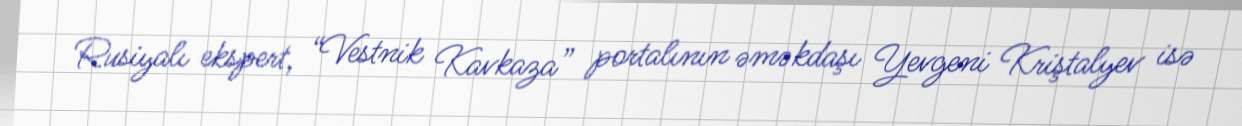
Rusiyalı ekspert, “Vestnik Kavkaza” portalının əməkdaşı Yevgeni Kriştalyev isə